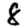
Digit: 8